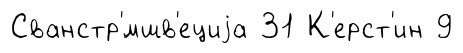
Сванстр'́мшв'ециjа 31 К'ерст'ин 9